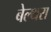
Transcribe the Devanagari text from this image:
बेल्‍थरा